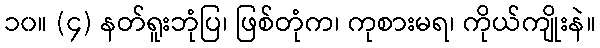
၁၀။ (၄) နတ်ရူးဘုံပြ၊ ဖြစ်တုံက၊ ကုစားမရ၊ ကိုယ်ကျိုးနဲ။